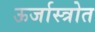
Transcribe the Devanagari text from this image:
ऊर्जास्त्रोत